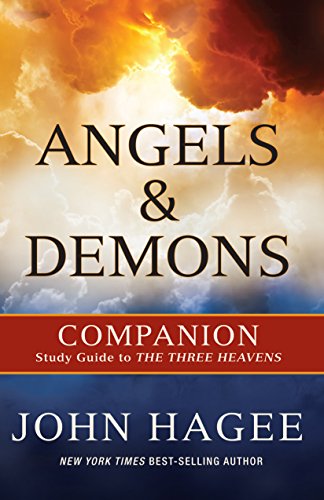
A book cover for Angels and Demons: A Companion to the Three Heavens; John Hagee; Christian Books & Bibles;